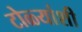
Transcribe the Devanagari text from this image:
टोळ्यांशी